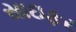
સાઇફર